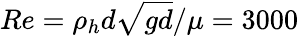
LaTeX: Re=\rho_{h}d\sqrt{gd}/\mu=3000